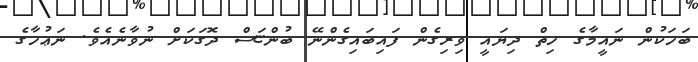
ބަހަކުން ނައީމާގެ ހިތް ދިޔައީ ވިރިގެން ފައިބައިގެންނޭ ބުންޏަސް ދޮގަކަށް ނުވާނެއެވެ. ނަޢުހާގެ